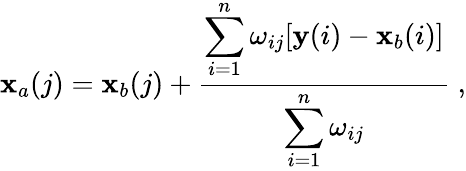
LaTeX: {\mathbf x}_{a}(j)={\mathbf x}_{b}(j)+\frac{\displaystyle\sum_{i=1}^{n}\omega_{ij}[{\mathbf y}(i)-{\mathbf x}_{b}(i)]}{\displaystyle\sum_{i=1}^{n}\omega_{ij}}\; ,